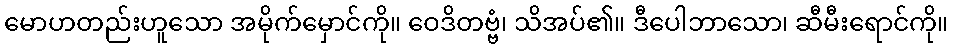
မောဟတည်းဟူသော အမိုက်မှောင်ကို။ ဝေဒိတဗ္ဗံ၊ သိအပ်၏။ ဒီပေါဘာသော၊ ဆီမီးရောင်ကို။